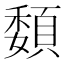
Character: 䫋